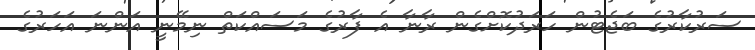
ސަރުކާރުގެ ބަޖެޓުން ހަރަދުކޮށްގެން ރާނާ އެ ފާރުގެ މަސައްކަތް ނިމޭނީ އަންނަ އަހަރުގެ